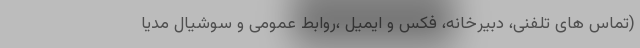
(تماس های تلفنی، دبیرخانه، فکس و ایمیل ،روابط عمومی و سوشیال مدیا